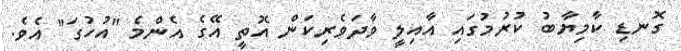
ގޮނޑި ކާމިޔާބު ކުރުމުގައި އާއިލީ ވާދަވެރިކަން އޮތީ އޭގެ އެންމެ "އުހުގަ" އެވެ.